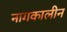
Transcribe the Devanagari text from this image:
नागकालीन